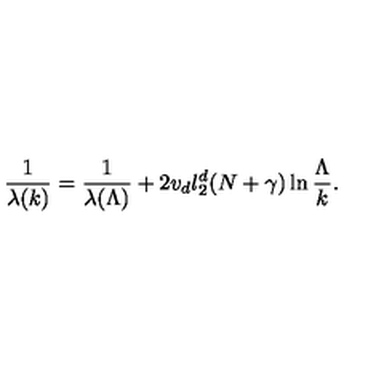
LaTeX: \frac { 1 } { \lambda ( k ) } = \frac { 1 } { \lambda ( \Lambda ) } + 2 v _ { d } l _ { 2 } ^ { d } ( N + \gamma ) \ln \frac { \Lambda } { k } .